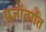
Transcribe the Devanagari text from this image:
यज्ञांतर्गत